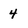
Character: 4